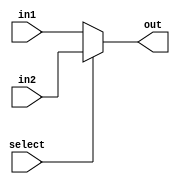
module n_mux(in1, in2, out, select);
	
	parameter N = 64;
	
	input [N-1:0] in1, in2;
	input select;
	
	output [N-1:0] out;
	
	assign out=select?in2:in1;
	
endmodule